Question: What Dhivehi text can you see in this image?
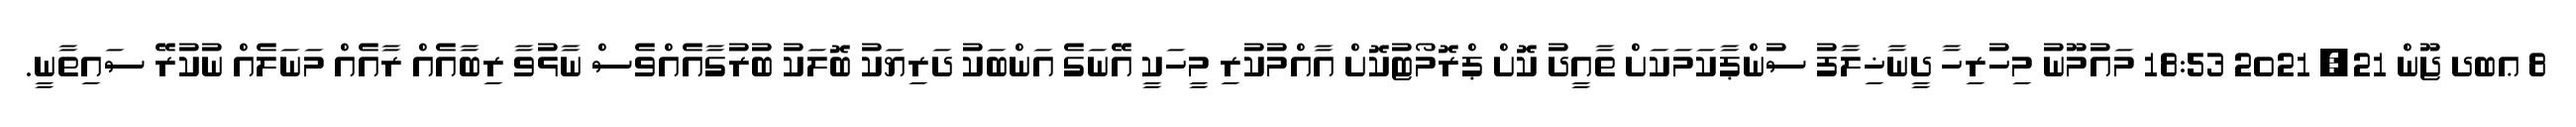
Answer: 8 ޢބދ ޖޫން 21, 2021 18:53 މައުމޫނު މިހުރިހާ ދީނާޚިލާފު ސުންޕާކަމަކަށް ތާއީދު ކޮށް ޕްރޮމޯޓުކޮށް އާއްމުކުރި މީހަކީ އޭނަގެ އަންބަކު ދަރިޔަކު ބޮލަކު ބުރުގާއެއްވެސް ނާޅުވާ ރިބާއެއް ރާއެއް މަނަލެއް ނުކުރޭ ސައިތާނީ.